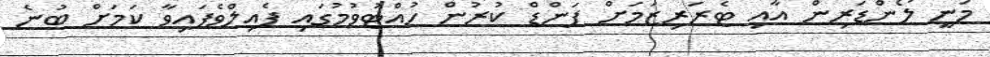
މަނީ ލޯންޑަރިން އާއި ޓެރަރިޒަމަށް ފަންޑް ކުރުން ހުއްޓުވުމުގައި ފެއިލްވެފައިވާ ކަމަށް ބުނެ